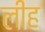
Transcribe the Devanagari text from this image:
लीह